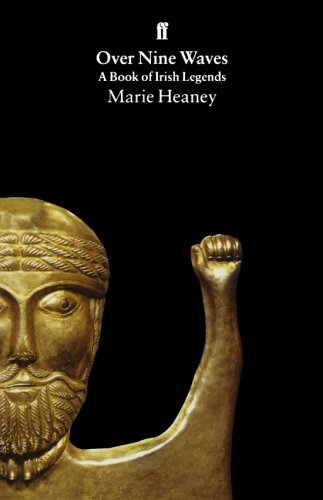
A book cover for Over Nine Waves: A Book of Irish Legends; Literature & Fiction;